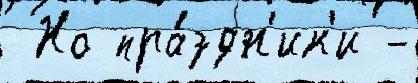
 Но пра́здн'ик'и -